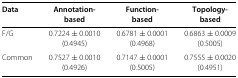
<table><thead><tr><td><b>Data</b></td><td><b>Annotation-</b></td><td><b>Function-</b></td><td><b>Topology-</b></td></tr><tr><td></td><td><b>based</b></td><td><b>based</b></td><td><b>based</b></td></tr></thead><tbody><tr><td>F/G</td><td>0.7224 ± 0.0010</td><td>0.6781 ± 0.0001</td><td>0.6863 ± 0.0009</td></tr><tr><td></td><td>(0.4945)</td><td>(0.4968)</td><td>(0.5005)</td></tr><tr><td>Common</td><td>0.7527 ± 0.0010</td><td>0.7147 ± 0.0001</td><td>0.7555 ± 0.0020</td></tr><tr><td></td><td>(0.4926)</td><td>(0.5005)</td><td>(0.4951)</td></tr></tbody></table>